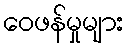
ဝေဖန်မှုများ